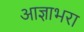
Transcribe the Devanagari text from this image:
आज्ञाभरा